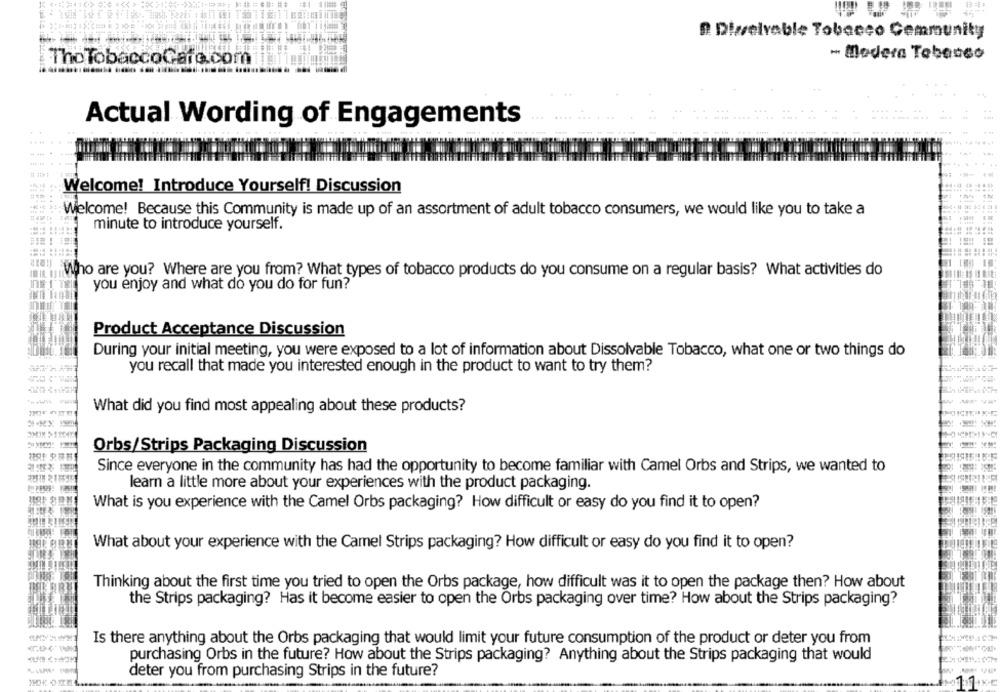
D. Dizselvable Tobacco Community
- Madera Tebasso
The TobaccoGafe.com
Actual Wording of Engagements
Welcome! Introduce Yourself! Discussion
Welcome! Because this Community is made up of an assortment of adult tobacco consumers, we would like you to take a
minute to introduce yourself.
Who are you? Where are you from? What types of tobacco products do you consume on a regular basis? What activities do
you enjoy and what do you do for fun?
Product Acceptance Discussion
During your initial meeting, you were exposed to a lot of information about Dissolvable Tobacco, what one or two things do
you recall that made you interested enough in the product to want to try them?
What did you find most appealing about these products?
AMIM >17041
Orbs/Strips Packaging Discussion
Since everyone in the community has had the opportunity to become familiar with Camel Orbs and Strips, we wanted to
learn a little more about your experiences with the product packaging.
What is you experience with the Camel Orbs packaging? How difficult or easy do you find it to open?
What about your experience with the Camel Strips packaging? How difficult or easy do you find it to open?
Thinking about the first time you tried to open the Orbs package, how difficult was it to open the package then? How about
the Strips packaging? Has it become easier to open the Orbs packaging over time? How about the Strips packaging?
Is there anything about the Orbs packaging that would limit your future consumption of the product or deter you from
purchasing Orbs in the future? How about the Strips packaging? Anything about the Strips packaging that would
deter you from purchasing Strips in the future?